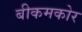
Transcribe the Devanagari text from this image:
बीकमकोर